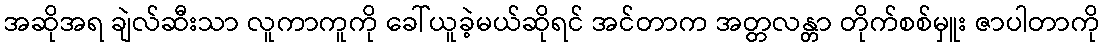
အဆိုအရ ချဲလ်ဆီးသာ လူကာကူကို ခေါ်ယူခဲ့မယ်ဆိုရင် အင်တာက အတ္တလန္တာ တိုက်စစ်မှူး ဇာပါတာကို